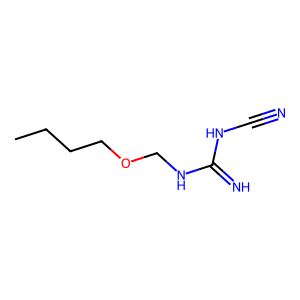
SMILES: CCCCOCNC(=N)NC#N
Inhibits HIV replication: No